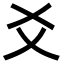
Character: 爻